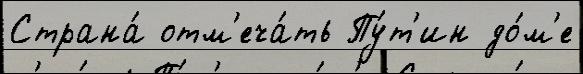
Страна́ отм'еча́ть Пу́т'ин до́м'е